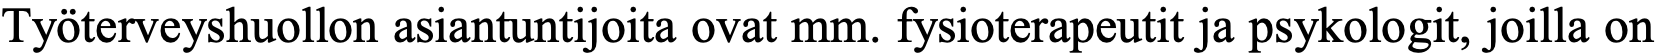
Työterveyshuollon asiantuntijoita ovat mm. fysioterapeutit ja psykologit, joilla on